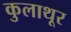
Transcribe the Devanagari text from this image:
कुलाथूर